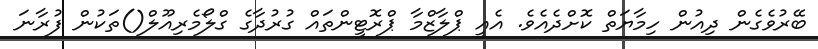
ބޭރުވެގެން ދިއުން ހިމާޔަތް ކޮށްދެއެވެ. އެއީ ޕްލާޒްމާ ޕްރޮޓީންތައް ގުރުދާގެ ގްލޯމެރިއޫލް()ތަކުން ފުރާނަ